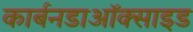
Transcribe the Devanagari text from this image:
कार्बनडाऑक्साइड